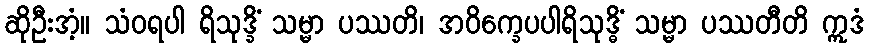
ဆိုဦးအံ့။ သံဝရပါ ရိသုဒ္ခိံ သမ္မာ ပဿတိ၊ အဝိက္ခေပပါရိသုဒ္ဓိံ သမ္မာ ပဿတီတိ ဣဒံ